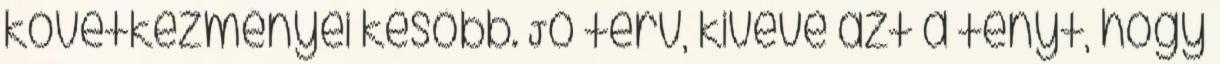
következményei később. Jó terv, kivéve azt a tényt, hogy